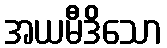
အယမီဒိသော